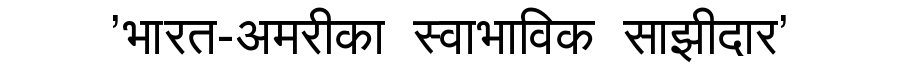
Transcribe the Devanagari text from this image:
'भारत-अमरीका स्वाभाविक साझीदार'